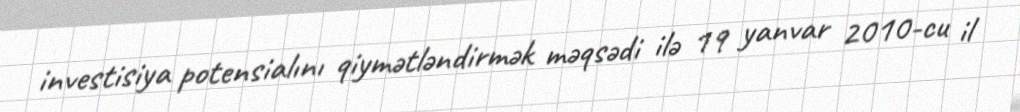
investisiya potensialını qiymətləndirmək məqsədi ilə 19 yanvar 2010-cu il